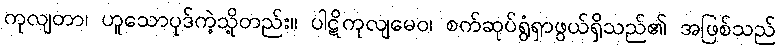
ကုလျတာ၊ ဟူသောပုဒ်ကဲ့သို့တည်း။ ပါဋိကုလျမေဝ၊ စက်ဆုပ်ရွံရှာဖွယ်ရှိသည်၏ အဖြစ်သည်